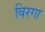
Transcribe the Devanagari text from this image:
विरगा